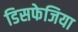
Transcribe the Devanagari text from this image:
डिसफेजिया